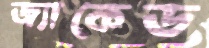
জ্যাকেড